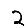
Digit: 2